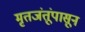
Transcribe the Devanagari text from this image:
मृतजंतूंपासून